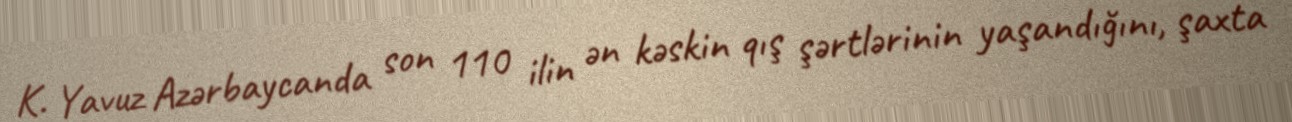
K. Yavuz Azərbaycanda son 110 ilin ən kəskin qış şərtlərinin yaşandığını, şaxta